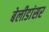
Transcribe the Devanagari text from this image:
बेलीडांसर